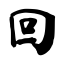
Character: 回